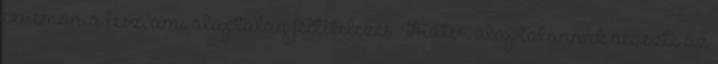
ceremónia lesz, ami alaptalan feltételezés. Fráter alaptalannak nevezte az